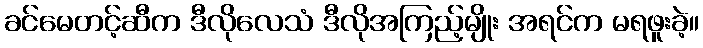
ခင်မေတင့်ဆီက ဒီလိုလေသံ ဒီလိုအကြည့်မျိုး အရင်က မရဖူးခဲ့။